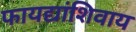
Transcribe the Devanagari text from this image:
फायद्यांशिवाय